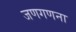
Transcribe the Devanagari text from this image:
जणगणना